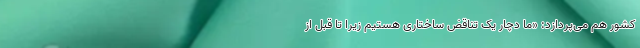
کشور هم می‌پردازد: «ما دچار یک تناقض ساختاری هستیم زیرا تا قبل از